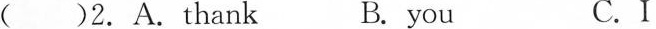
( )2.A.thank B. you C.I